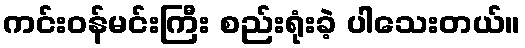
ကင်းဝန်မင်းကြီး စည်းရုံးခဲ့ ပါသေးတယ်။